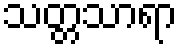
သတ္တသာရာ